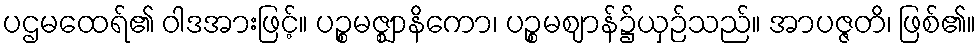
ပဌမထေရ်၏ ဝါဒအားဖြင့်။ ပဉ္စမဇ္ဈာနိကော၊ ပဉ္စမဈာန်၌ယှဉ်သည်။ အာပဇ္ဇတိ၊ ဖြစ်၏။